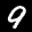
Label: 9